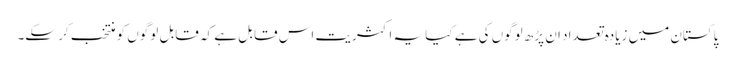
پاکستان میں زیادہ تعداد ان پڑھ لوگوں کی ہے کیا یہ اکثریت اس قابل ہے کہ قابل لوگوں کو منتخب کر سکے۔